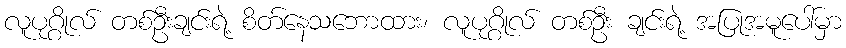
လူပုဂ္ဂိုလ် တစ်ဦးချင်းရဲ့ စိတ်နေသဘောထား၊ လူပုဂ္ဂိုလ် တစ်ဦး ချင်းရဲ့ အပြုအမူပေါ်မှာ